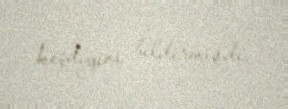
keçdiyini bildirmişdi.